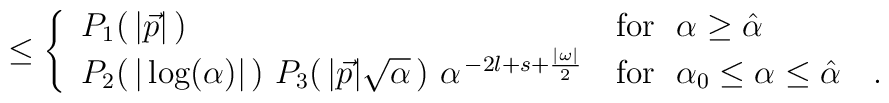
\leq\cases{\ P_{1}(\,\vert\vec p\vert\,) & for $\ \alpha\geq\hat \alpha$ \cr\ P_{2}(\,\vert\log(\alpha)\vert\,)\ P_{3}(\,\vert\vec p\vert\sqrt\alpha\,)\ \alpha^{\,-2l+s+\frac{\vert\omega\vert}{2}} & for $\ \alpha_{0}\leq \alpha \leq\hat \alpha\quad.$\cr }